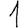
Digit: 1